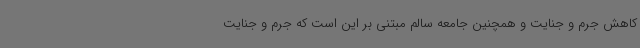
کاهش جرم و جنایت و همچنین جامعه سالم مبتنی بر این است که جرم و جنایت